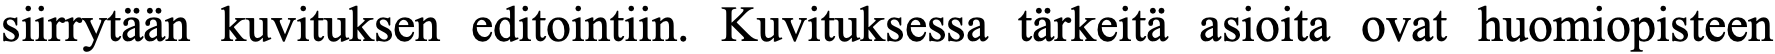
siirrytään kuvituksen editointiin. Kuvituksessa tärkeitä asioita ovat huomiopisteen